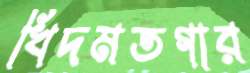
খিদমতগার